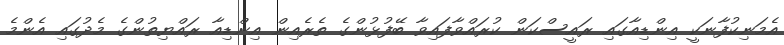
އެމަނިކުފާނަކީ އިންޑިއާގައި ރައީސްކަން ކުރައްވާފައިވާ ބޭފުޅުންގެ ތެރެއިން އިންޑިއާ ރައްޔިތުންގެ މެދުގައި އެންމެ